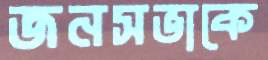
জনসভাকে